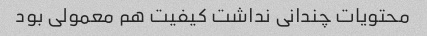
محتویات چندانی نداشت کیفیت هم معمولی بود